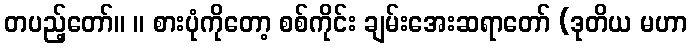
တပည့်တော်။ ။ စားပုံကိုတော့ စစ်ကိုင်း ချမ်းအေးဆရာတော် (ဒုတိယ မဟာ